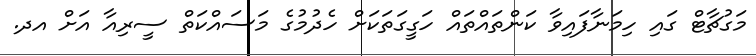
މަގުޗާޓް ގައި ހިމަނާފައިވާ ކަންތައްތައް ހަގީގަތަކަށް ހެދުމުގެ މަސައްކަތް ސީރިއާ އަށް އދ.